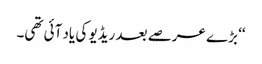
‘‘ بڑے عرصے بعد ریڈیو کی یاد آئی تھی۔